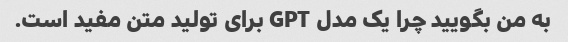
به من بگویید چرا یک مدل GPT برای تولید متن مفید است.